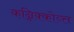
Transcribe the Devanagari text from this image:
कन्निक्कोय्त्त